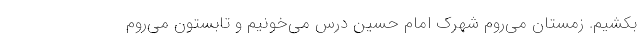
بکشیم. زمستان می‌روم شهرک امام حسین درس می‌خونیم و تابستون می‌روم